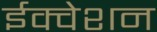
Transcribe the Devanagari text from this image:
ईक्वेशन